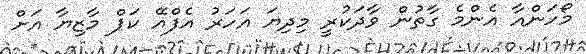
މޯހަންއާ އެންމެ ގާތުން ވާދަކުރީ މިދިޔަ އަހަރު އެފްއޭ ކަޕް މާޒިޔާ އަށް